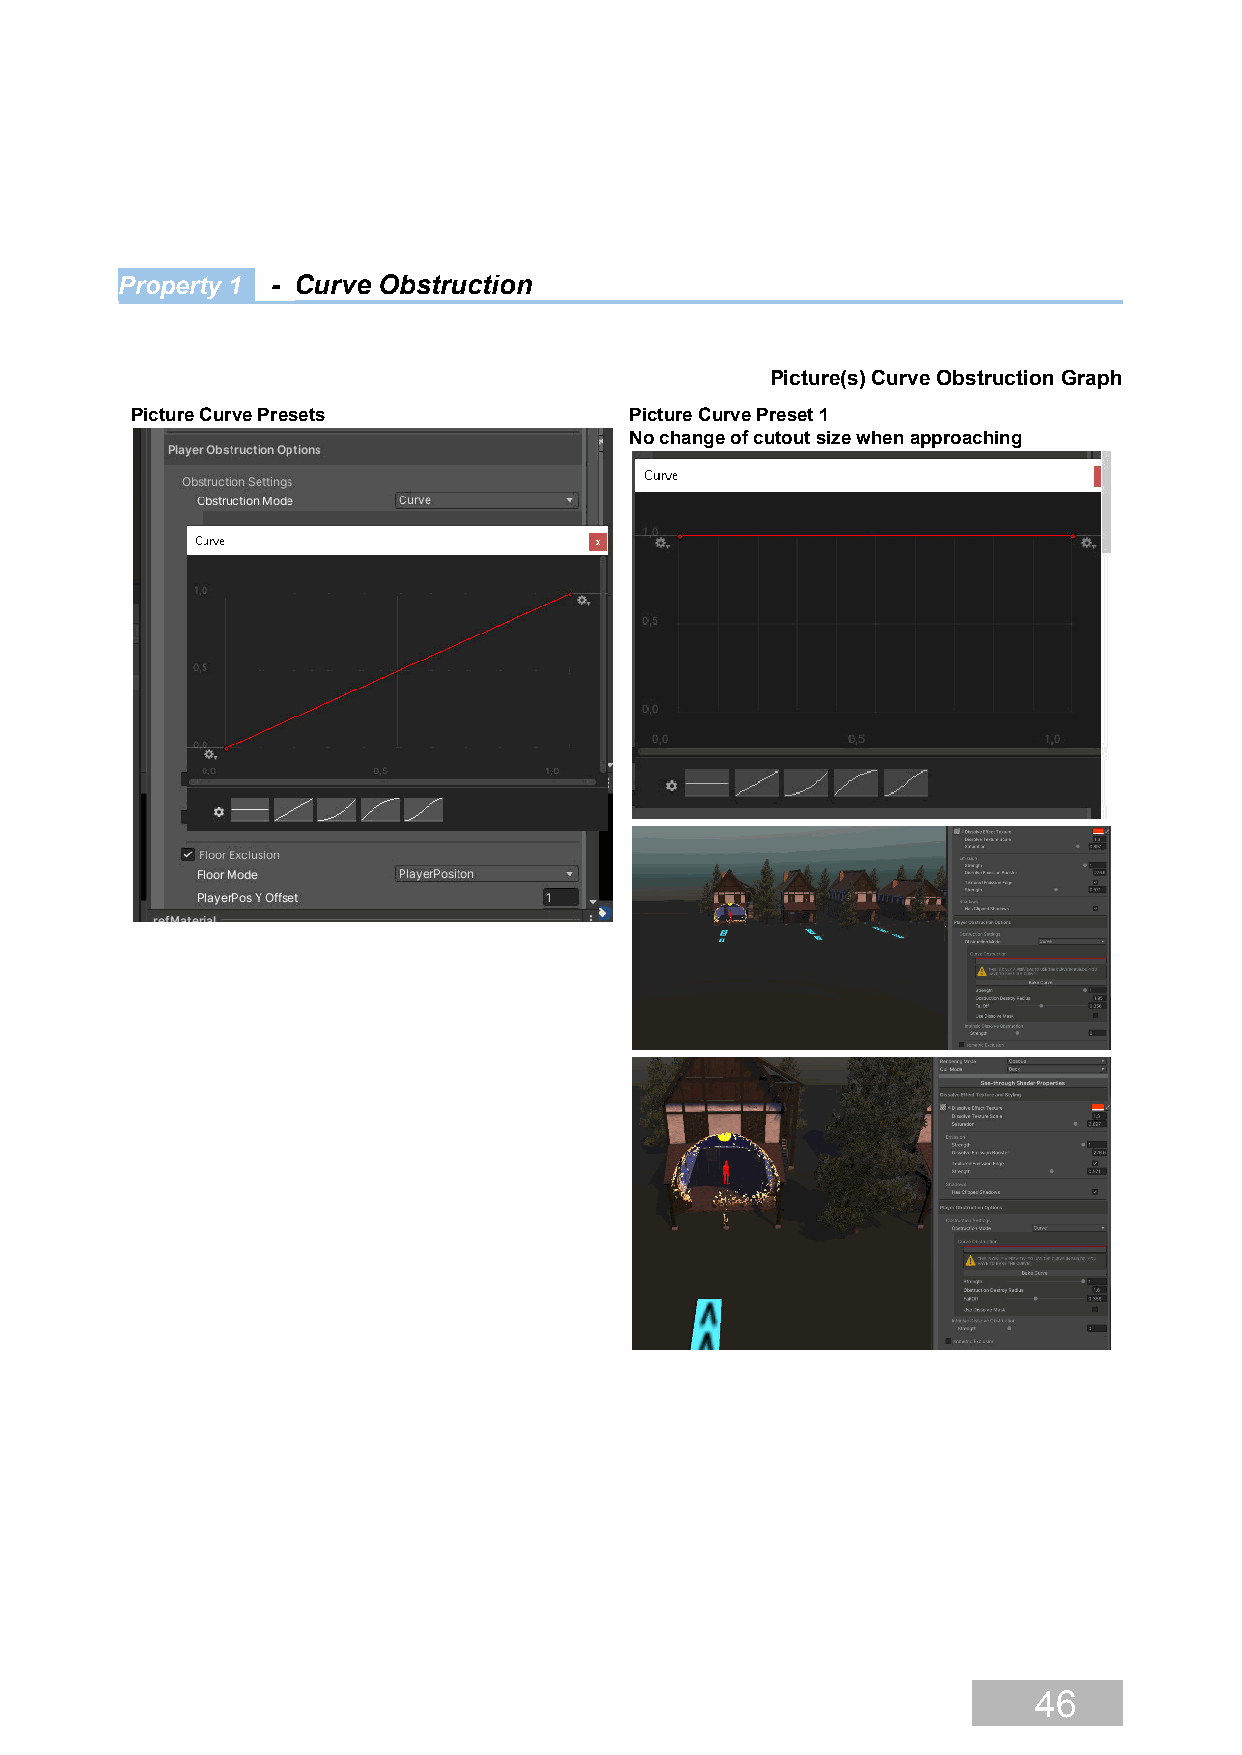
Property 1 - Curve Obstruction
 Picture(s) Curve Obstruction Graph
 Picture Curve Presets            Picture Curve Preset 1
 No change of cutout size when approaching
 46